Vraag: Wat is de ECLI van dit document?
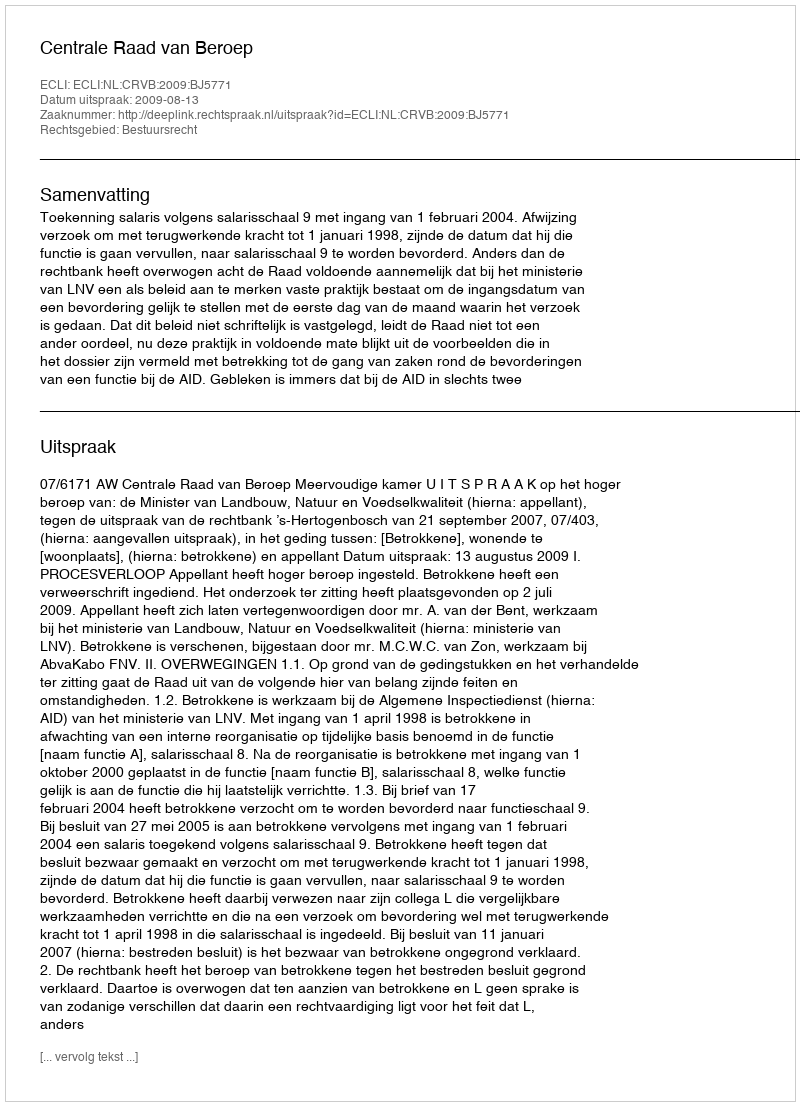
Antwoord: ECLI:NL:CRVB:2009:BJ5771